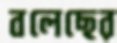
বলেছের